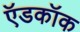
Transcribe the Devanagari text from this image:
ऍडकॉक